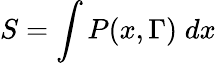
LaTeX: S=\int P(x,\Gamma)\; dx